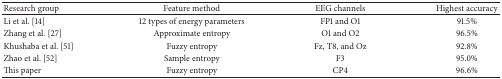
<table><thead><tr><td><b>Research group</b></td><td><b>Feature method</b></td><td><b>EEG channels</b></td><td><b>Highest accuracy</b></td></tr></thead><tbody><tr><td>Li et al. [14]</td><td>12 types of energy parameters</td><td>FP1 and O1</td><td>91.5%</td></tr><tr><td>Zhang et al. [27]</td><td>Approximate entropy</td><td>O1 and O2</td><td>96.5%</td></tr><tr><td>Khushaba et al. [51]</td><td>Fuzzy entropy</td><td>Fz, T8, and Oz</td><td>92.8%</td></tr><tr><td>Zhao et al. [52]</td><td>Sample entropy</td><td>F3</td><td>95.0%</td></tr><tr><td>This paper</td><td>Fuzzy entropy</td><td>CP4</td><td>96.6%</td></tr></tbody></table>